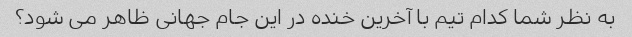
به نظر شما کدام تیم با آخرین خنده در این جام جهانی ظاهر می شود؟